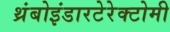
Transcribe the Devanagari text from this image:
थ्रंबोइंडारटेरेक्टोमी